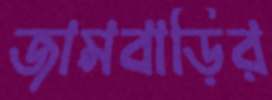
জামবাড়ির